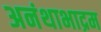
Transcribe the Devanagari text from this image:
अनंथाभाद्रम